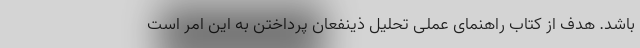
باشد. هدف از کتاب راهنمای عملی تحلیل ذینفعان پرداختن به این امر است